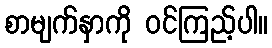
စာမျက်နှာကို ဝင်ကြည့်ပါ။